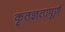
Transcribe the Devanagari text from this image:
कृतज्ञतापूर्ण